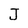
Character: J